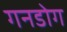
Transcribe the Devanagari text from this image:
गनडोग